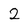
Character: 2